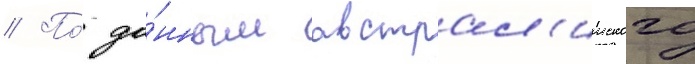
// По́ да́нным австрал'ииского